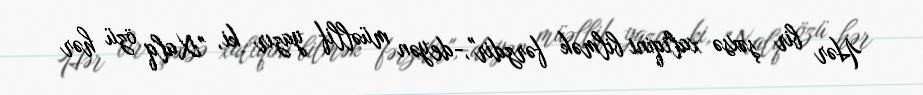
Hər bir şəxsə xaliqini bilmək fərzdir",-deyən müəllif yazır ki, "Xalq özü hər